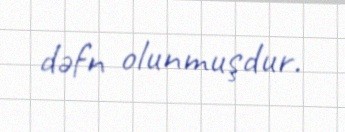
dəfn olunmuşdur.